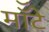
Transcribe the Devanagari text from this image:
मॉँटे